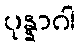
ပုန္နာဂါ